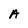
Character: A